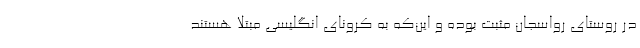
در روستای رواسجان مثبت بوده و این‌که به کرونای انگلیسی مبتلا هستند